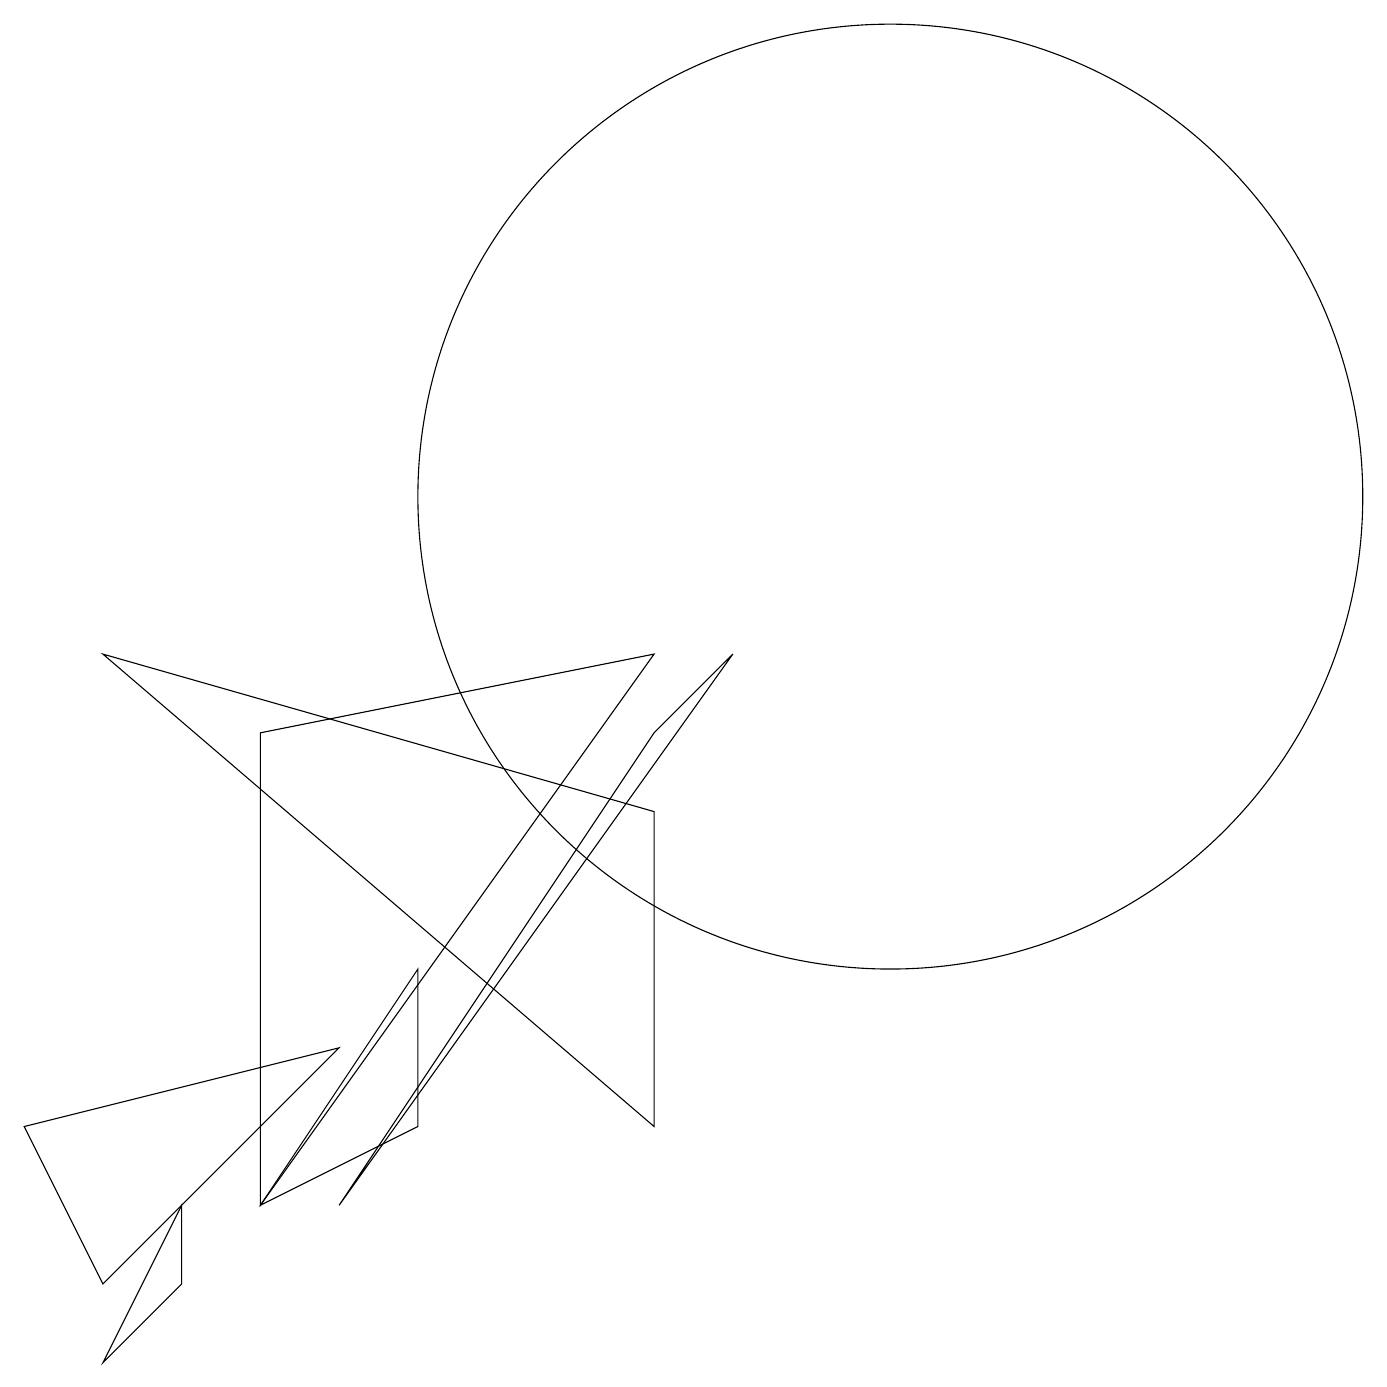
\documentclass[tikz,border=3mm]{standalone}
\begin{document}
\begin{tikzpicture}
\draw (2,1) -- (1,0) -- (2,2) -- cycle;
\draw (3,8) -- (8,9) -- (3,2) -- cycle;
\draw (0,3) -- (4,4) -- (1,1) -- cycle;
\draw (4,2) -- (8,8) -- (9,9) -- cycle;
\draw (8,3) -- (8,7) -- (1,9) -- cycle;
\draw (5,3) -- (3,2) -- (5,5) -- cycle;
\draw (11,11) circle (6);
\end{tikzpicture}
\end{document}